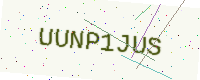
Text: UUNP1JUS